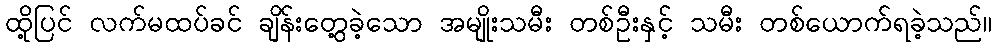
ထို့ပြင် လက်မထပ်ခင် ချိန်းတွေ့ခဲ့သော အမျိုးသမီး တစ်ဦးနှင့် သမီး တစ်ယောက်ရခဲ့သည်။